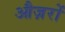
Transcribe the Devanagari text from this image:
औज़रों